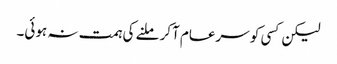
لیکن کسی کو سرعام آکر ملنے کی ہمت نہ ہوئی۔